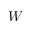
W